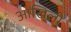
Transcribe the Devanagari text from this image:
आखिली